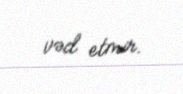
vəd etmir.